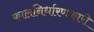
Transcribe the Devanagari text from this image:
कालनिर्धारणकारी